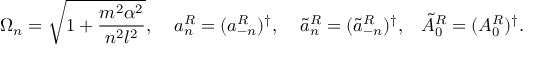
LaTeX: \Omega _ { n } = \sqrt { 1 + \frac { m ^ { 2 } \alpha ^ { 2 } } { n ^ { 2 } l ^ { 2 } } } , \; \; \; \; a _ { n } ^ { R } = ( a _ { - n } ^ { R } ) ^ { \dag } , \; \; \; \; \tilde { a } _ { n } ^ { R } = ( \tilde { a } _ { - n } ^ { R } ) ^ { \dag } , \; \; \; \tilde { A } _ { 0 } ^ { R } = ( A _ { 0 } ^ { R } ) ^ { \dag } .